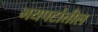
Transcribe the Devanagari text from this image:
भयपटांतील